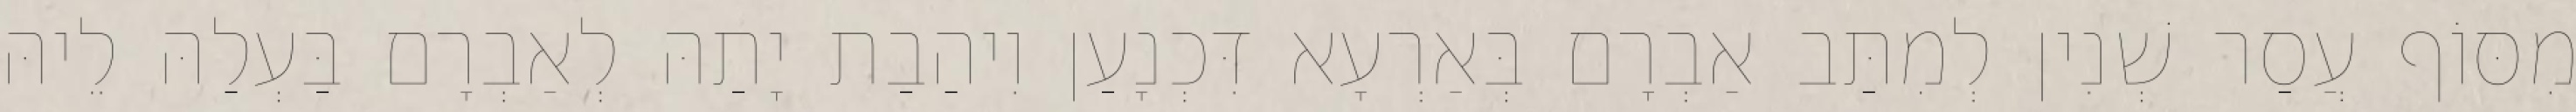
מִסּוֹף עֲסַר שְׁנִין לְמִתַּב אַבְרָם בְּאַרְעָא דִּכְנָעַן וִיהַבַת יָתַהּ לְאַבְרָם בַּעְלַהּ לֵיהּ